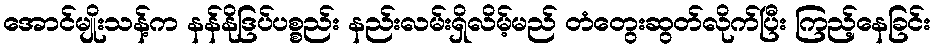
အောင်မျိုးသန့်က နန်နိုဒြပ်ပစ္စည်း နည်းလမ်းရှိလိမ့်မည် တံတွေးဆွတ်လိုက်ပြီး ကြည့်နေခြင်း